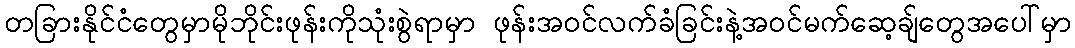
တခြားနိုင်ငံတွေမှာမိုဘိုင်းဖုန်းကိုသုံးစွဲရာမှာ ဖုန်းအဝင်လက်ခံခြင်းနဲ့အဝင်မက်ဆေ့ချ်တွေအပေါ်မှာ